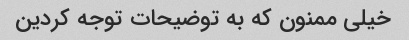
خیلی ممنون که به توضیحات توجه کردین